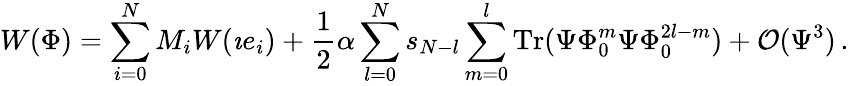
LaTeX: W(\Phi)=\sum_{i=0}^{N}M_{i}W(\imath e_{i})+\frac{1}{2}\alpha\sum_{l=0}^{N}s_{N-l}\sum_{m=0}^{l}\mathrm{Tr}(\Psi\Phi_{0}^{m}\Psi\Phi_{0}^{2l-m})+{\cal O}(\Psi^{3})\, .